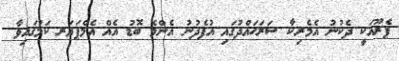
ޕެރޫއަކީ ދެކުނު އެމެރިކާ ސަރަޙައްދުގައި އުފެދުނު އެންމެ ބޮޑު އެއް އެމްޕަޔަރ ކަމުގައިވާ